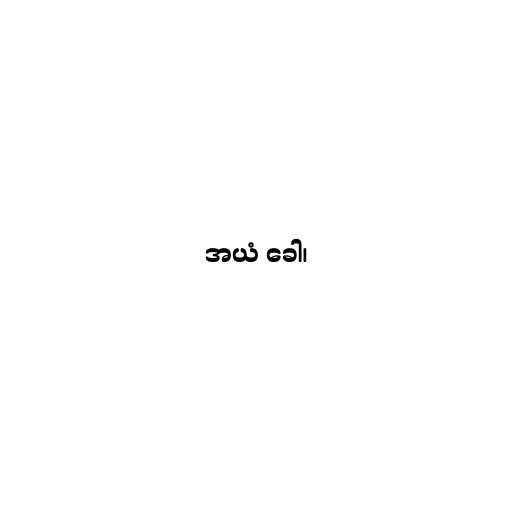
အယံ ခေါ၊